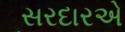
સરદારએ